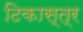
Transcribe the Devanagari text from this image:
टिकास्त्र